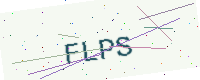
Text: FLPS